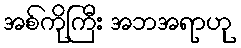
အစ်ကိုကြီး အဘအရာဟု